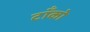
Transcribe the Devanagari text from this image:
टाँको